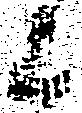
上